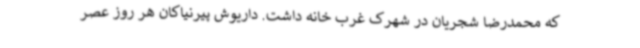
که محمدرضا شجریان در شهرک غرب خانه داشت. داریوش پیرنیاکان هر روز عصر